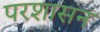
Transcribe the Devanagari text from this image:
परशासन